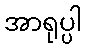
အာရုပ္ပါ